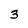
Character: 3